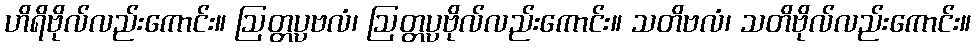
ဟိရိဗိုလ်လည်းကောင်း။ ဩတ္တပ္ပဗလံ၊ ဩတ္တပ္ပဗိုလ်လည်းကောင်း။ သတိဗလံ၊ သတိဗိုလ်လည်းကောင်း။